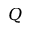
Q